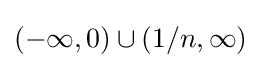
(-\infty ,0)\cup (1/n,\infty )